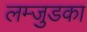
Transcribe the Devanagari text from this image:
लम्जुडका